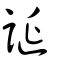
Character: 誕